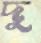
দু